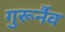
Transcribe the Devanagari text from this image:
गुरूर्नैव